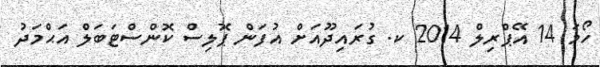
ހޯމަ 14 އޭޕްރިލް 2014 ކ. ގުރައިދޫއަށް އުފަން ޕޮލިސް ކޮންސްޓަބަލް އަޙްމަދު